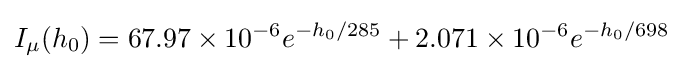
I_{\mu }(h_{0})=67.97\times 10^{-6}e^{-h_{0}/285}+2.071\times 10^{-6}e^{-h_{0}/698}